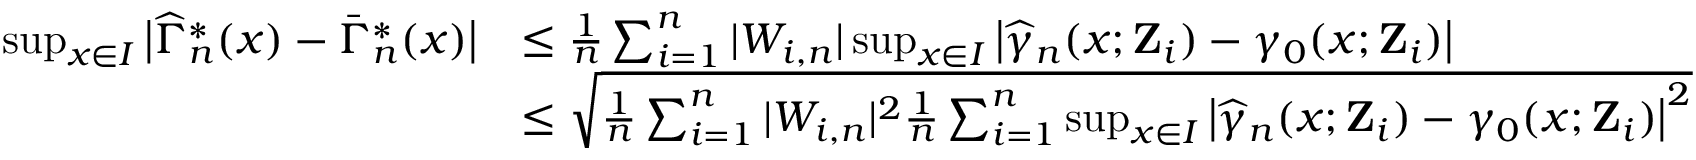
\begin{array} { r l } { \operatorname* { s u p } _ { x \in I } \big | \widehat { \Gamma } _ { n } ^ { * } ( x ) - \bar { \Gamma } _ { n } ^ { * } ( x ) \big | } & { \leq \frac { 1 } { n } \sum _ { i = 1 } ^ { n } | W _ { i , n } | \operatorname* { s u p } _ { x \in I } \big | \widehat { \gamma } _ { n } ( x ; \mathbf { Z } _ { i } ) - \gamma _ { 0 } ( x ; \mathbf { Z } _ { i } ) \big | } \\ & { \leq \sqrt { \frac { 1 } { n } \sum _ { i = 1 } ^ { n } | W _ { i , n } | ^ { 2 } \frac { 1 } { n } \sum _ { i = 1 } ^ { n } \operatorname* { s u p } _ { x \in I } \big | \widehat { \gamma } _ { n } ( x ; \mathbf { Z } _ { i } ) - \gamma _ { 0 } ( x ; \mathbf { Z } _ { i } ) \big | ^ { 2 } } } \end{array}